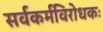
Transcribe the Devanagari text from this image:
सर्वकर्मविरोधकः